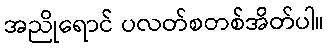
အညိုရောင် ပလတ်စတစ်အိတ်ပါ။